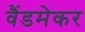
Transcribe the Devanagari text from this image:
वैंडमेकर